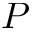
P